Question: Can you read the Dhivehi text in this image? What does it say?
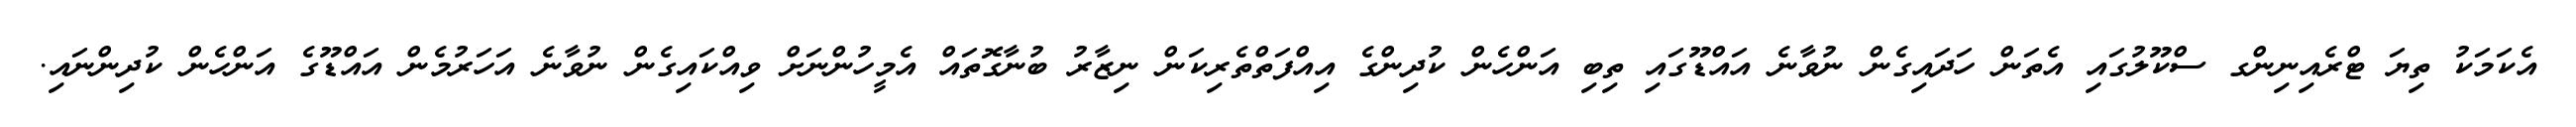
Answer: އެކަމަކު ތިޔަ ޓްރެއިނިންގ ސްކޫލުގައި އެތަން ހަދައިގެން ނުވާނެ އައްޑޫގައި ތިބި އަންހެން ކުދިންގެ އިއްފަތްތެރިކަން ނިޒާރު ބުނާގޮތައް އެމީހުންނަށް ވިއްކައިގެން ނުވާނެ އަހަރުމެން އައްޑޫގެ އަންހެން ކުދިންނައި.